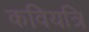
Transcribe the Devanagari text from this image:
कवियत्रि